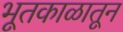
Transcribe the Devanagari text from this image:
भूतकाळातून